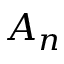
A _ { n }